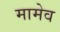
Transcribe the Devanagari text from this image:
मामेव